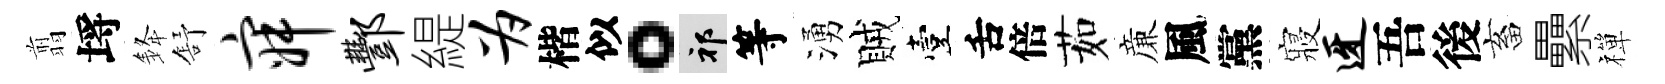
翦埓𨦟舒寂酆緹为楷似。祁等湧賊臺舌倍茹亷風黨寢迓吾後畜纍禪